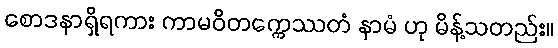
စောဒနာရှိရကား ကာမဝိတက္ကေဿတံ နာမံ ဟု မိန့်သတည်း။